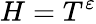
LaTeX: H=T^{\varepsilon}